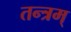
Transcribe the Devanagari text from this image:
तन्त्रम्